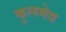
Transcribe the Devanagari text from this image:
कुलमेव